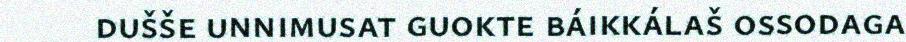
dušše unnimusat guokte báikkálaš ossodaga